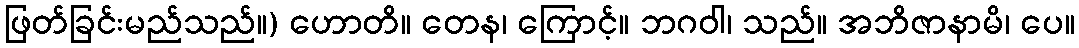
ဖြတ်ခြင်းမည်သည်။) ဟောတိ။ တေန၊ ကြောင့်။ ဘဂဝါ၊ သည်။ အဘိဇာနာမိ၊ ပေ။